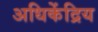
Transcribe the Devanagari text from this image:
अधिकेंद्रिय